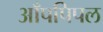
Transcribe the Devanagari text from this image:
आँपपिपल